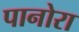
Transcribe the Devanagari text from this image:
पानोरा